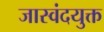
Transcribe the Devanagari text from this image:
जास्वंदयुक्त